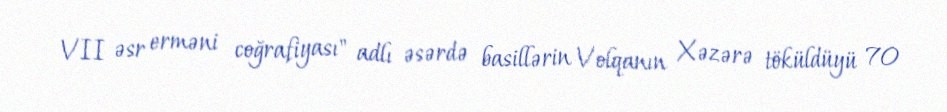
VII əsr erməni coğrafiyası" adlı əsərdə basillərin Volqanın Xəzərə töküldüyü 70